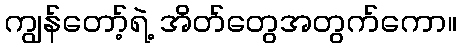
ကျွန်တော့်ရဲ့ အိတ်တွေအတွက်ကော။